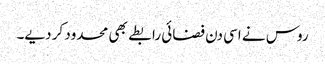
روس نے اسی دن فضائی رابطے بھی محدود کر دیے۔